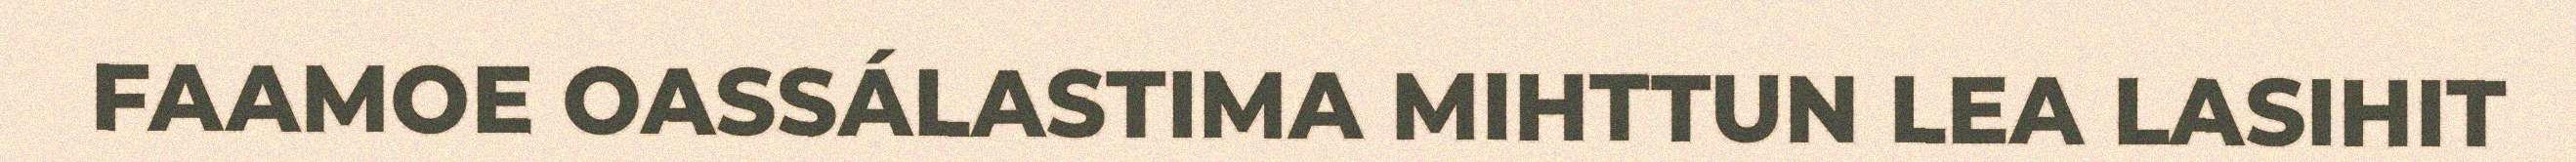
FAAMOE OASSÁLASTIMA MIHTTUN LEA LASIHIT